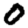
Digit: 0